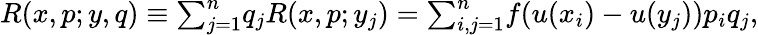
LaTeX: \begin{array}{r}{R(x,p;y,q)\equiv{\sum}_{j=1}^{n}q_{j}R(x,p;y_{j})={\sum}_{i,j=1}^{n}f(u(x_{i})-u(y_{j}))p_{i}q_{j},}\end{array}